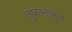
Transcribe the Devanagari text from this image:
तुफानामुळे